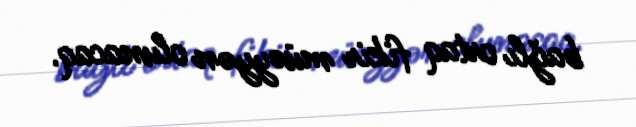
bağlı ortaq fikir müəyyən olunacaq.